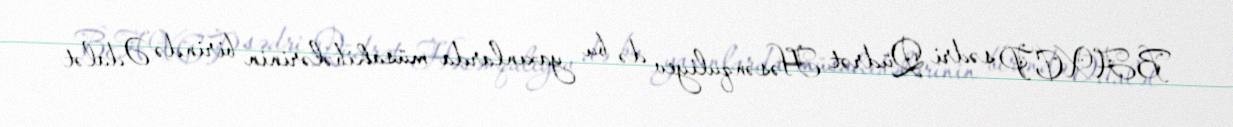
BAXCP sədri Qüdrət Həsənquliyev də bu yaxınlarda müsahibələrinin birində Ədalət